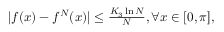
\begin{array} { r } { | f ( x ) - f ^ { N } ( x ) | \leq \frac { K _ { 3 } \ln N } { N } , \forall x \in [ 0 , \pi ] , } \end{array}